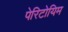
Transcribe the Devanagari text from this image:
पेरिटोयिम